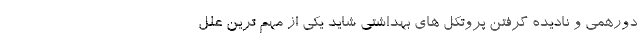
دورهمی و نادیده گرفتن پروتکل های بهداشتی شاید یکی از مهم ترین علل